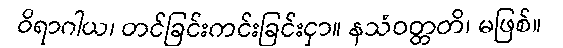
ဝိရာဂါယ၊ တင်ခြင်းကင်းခြင်းငှာ။ နသံဝတ္တတိ၊ မဖြစ်။